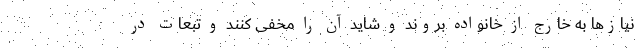
نیازها به خارج از خانواده بروند و شاید آن را مخفی کنند و تبعات در